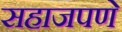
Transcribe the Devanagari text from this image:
सहाजपणे